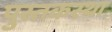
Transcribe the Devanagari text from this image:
पुस्तकस्था